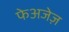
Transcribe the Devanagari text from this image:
फेअजेज़